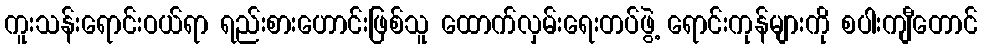
ကူးသန်းရောင်းဝယ်ရာ ရည်းစားဟောင်းဖြစ်သူ ထောက်လှမ်းရေးတပ်ဖွဲ့ ရောင်းကုန်များကို စပါးကျီတောင်